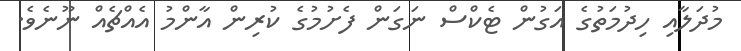
މުދަލާއި ހިދުމަތުގެ އަގުން ޓެކްސް ނަގަން ފެށުމުގެ ކުރިން އާންމު އެއްޗެއް ނޫނެވެ.